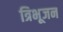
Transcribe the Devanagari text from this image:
त्रिभूजन